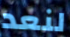
لنعد